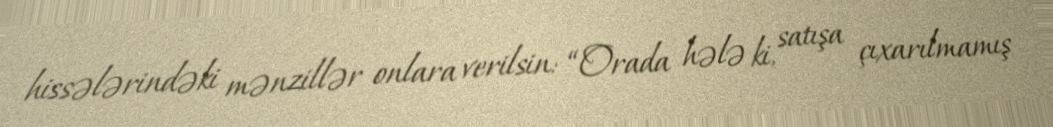
hissələrindəki mənzillər onlara verilsin: “Orada hələ ki, satışa çıxarılmamış